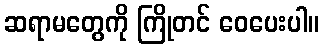
ဆရာမတွေကို ကြိုတင် ဝေပေးပါ။